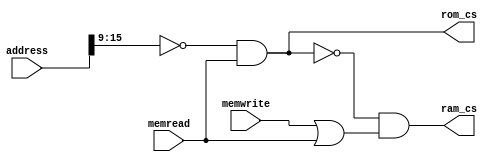
/****************************************************************************
*   Memory Address Decoder  For Monanahan S100 Z80 FPGA SBC                 *                                    
*       This is a VERY BASIC ROM, It only verifies OUTPUT instruction works *
****************************************************************************/


module memAdrDecoder
    (
//    input           clock,
    input [15:0]    address,
    input           memwrite,
    input           memread,
    //
    output          rom_cs,
    output          ram_cs
     );
 
// wire   romAdr;
 
//    assign romAdr = (address[15:12] == 4'b0000);
    assign rom_cs = (address[15:9] == 7'b0000000) && memread;  // rom_cs is high to select ROM

    assign ram_cs = !rom_cs && (memwrite | memread);
//    assign ram_cs = !romAdr && (memwrite | memread);

    
endmodule